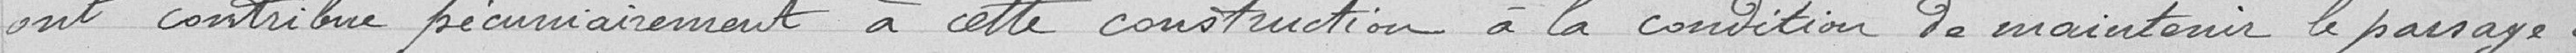
ont contribué pécuniairement à cette construction à la condition de maintenir le passage à